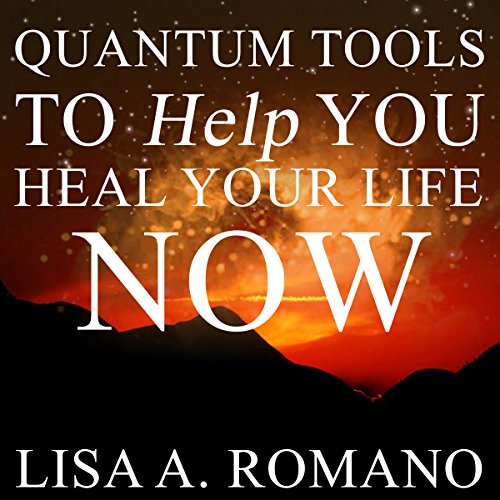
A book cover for Quantum Tools to Help You Heal Your Life Now: Healing the Past Using the Secrets of the Law of Attraction; Lisa A. Romano; Health, Fitness & Dieting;